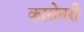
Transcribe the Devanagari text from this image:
कारोनरी